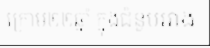
ក្រោម២២ឆ្នាំ ក្នុងជំនួបរវាង